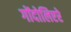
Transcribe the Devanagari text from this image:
गोंदोलिएरे